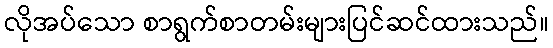
လိုအပ်သော စာရွက်စာတမ်းများပြင်ဆင်ထားသည်။